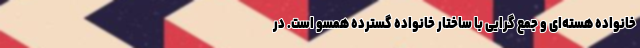
خانواده هسته‌ای و جمع گرایی با ساختار خانواده گسترده همسو است. در